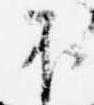
不